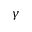
\gamma